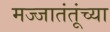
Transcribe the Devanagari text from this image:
मज्जातंतूंच्या